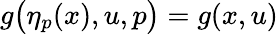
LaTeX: g\big(\eta_{p}(x),u,p\big)=g(x,u)